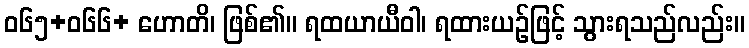
ဝ၆၅+၀၆၆+ ဟောတိ၊ ဖြစ်၏။ ရထယာယီဝါ၊ ရထားယဉ်ဖြင့် သွားရသည်လည်း။